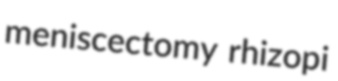
meniscectomy rhizopi